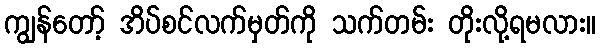
ကျွန်တော့် အိပ်စင်လက်မှတ်ကို သက်တမ်း တိုးလို့ရမလား။